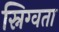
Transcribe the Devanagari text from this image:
स्निग्वता